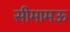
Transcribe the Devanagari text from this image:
सीमामऊ